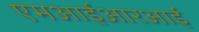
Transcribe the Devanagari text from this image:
एमआईआरआई